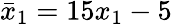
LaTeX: \bar{x}_{1}=15x_{1}-5